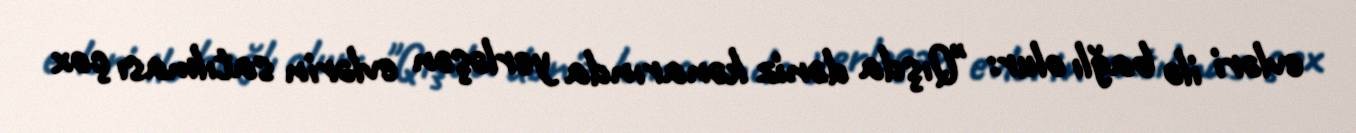
evləri ilə bağlı olur: "Qışda dəniz kənarında yerləşən evlərin satılması çox